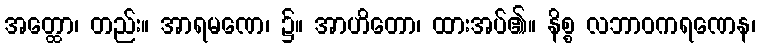
အတ္ထော၊ တည်း။ အာရမဏေ၊ ၌။ အာဟိတော၊ ထားအပ်၏။ နိစ္စ လဘာဝကရဏေန၊